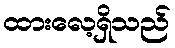
ထားလေ့ရှိသည်